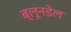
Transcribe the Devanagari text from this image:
ब्लूनडेल